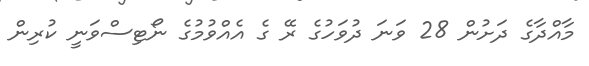
މާއްދާގެ ދަށުން 28 ވަނަ ދުވަހުގެ ރޭ ގެ އެއްވުމުގެ ނޯޓިސްވަނީ ކުރިން